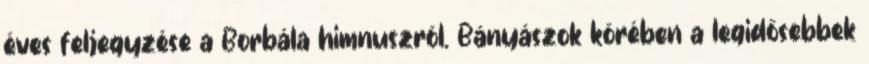
éves feljegyzése a Borbála himnuszról. Bányászok körében a legidősebbek